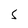
Character: S